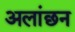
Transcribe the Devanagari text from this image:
अलांछन